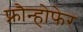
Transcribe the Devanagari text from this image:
फ्रौन्होफेर